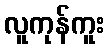
လူကုန်ကူး